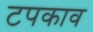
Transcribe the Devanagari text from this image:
टपकाव